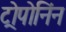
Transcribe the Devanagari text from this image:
ट्रोपोनिंन